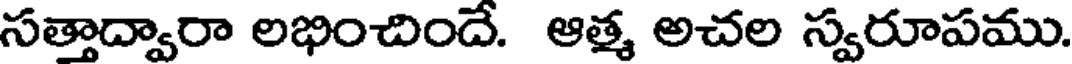
సత్తాద్వారా లభించిందే. ఆత్మ అచల స్వరూపము